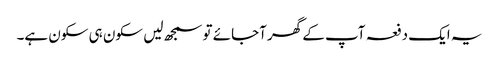
یہ ایک دفعہ آپ کے گھر آجائے تو سمجھ لیں سکون ہی سکون ہے۔